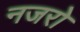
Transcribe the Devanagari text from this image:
नजरो